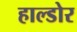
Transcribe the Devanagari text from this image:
हाल्डोर